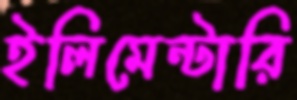
ইলিমেন্টারি